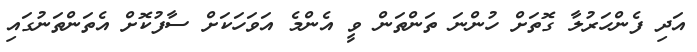
އަދި ފެންހަރުލާ ގޮތަށް ހުންނަ ތަންތަން ވީ އެންމެ އަވަހަކަށް ސާފުކޮށް އެތަންތަނުގައި